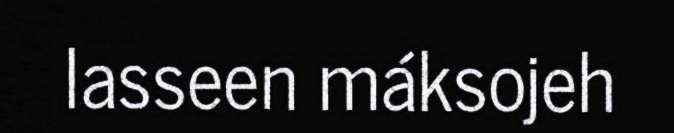
lasseen máksojeh